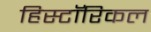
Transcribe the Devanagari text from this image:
हिस्टाॅरिकल